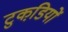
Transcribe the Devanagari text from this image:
टुकडि़यों